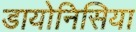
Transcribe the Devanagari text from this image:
डायोनिसिया